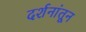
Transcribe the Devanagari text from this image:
दर्शनांतून